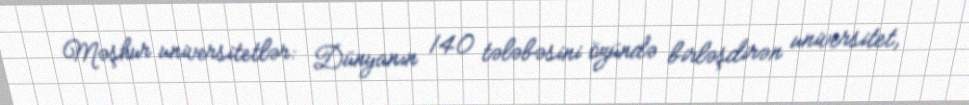
Məşhur universitetlər: Dünyanın 140 tələbəsini özündə birləşdirən universitet,